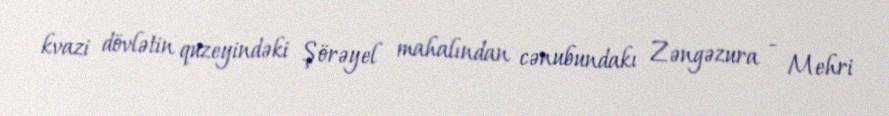
kvazi dövlətin quzeyindəki Şörəyel mahalından cənubundakı Zəngəzura - Mehri